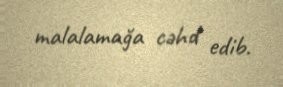
malalamağa cəhd edib.